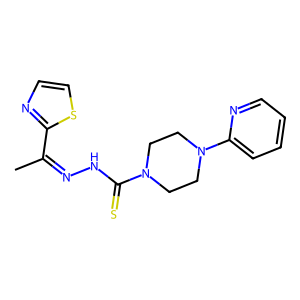
SMILES: CC(=NNC(=S)N1CCN(c2ccccn2)CC1)c1nccs1
Inhibits HIV replication: No